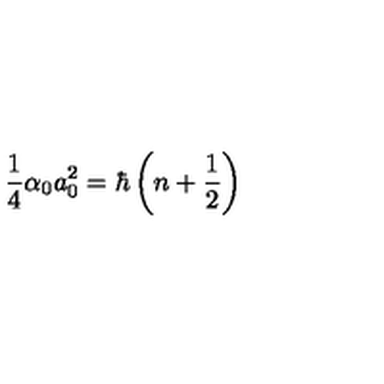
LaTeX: \frac { 1 } { 4 } \alpha _ { 0 } a _ { 0 } ^ { 2 } = \hbar \left( n + \frac { 1 } { 2 } \right)